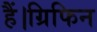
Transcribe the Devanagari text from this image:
हैं।ग्रिफिन